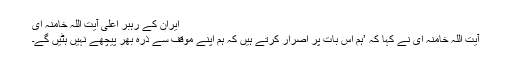
ایران کے رہبرِ اعلیٰ آیت اللہ خامنہ ای
آیت اللہ خامنہ ای نے کہا کہ ’ہم اس بات پر اصرار کرتے ہیں کہ ہم اپنے موقف سے ذّرہ بھر پیچھے نہیں ہٹیں گے۔